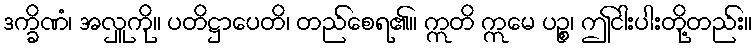
ဒက္ခိဏံ၊ အလှူကို။ ပတိဋ္ဌာပေတိ၊ တည်စေရ၏။ ဣတိ ဣမေ ပဉ္စ၊ ဤငါးပါးတို့တည်း။